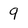
Character: 9